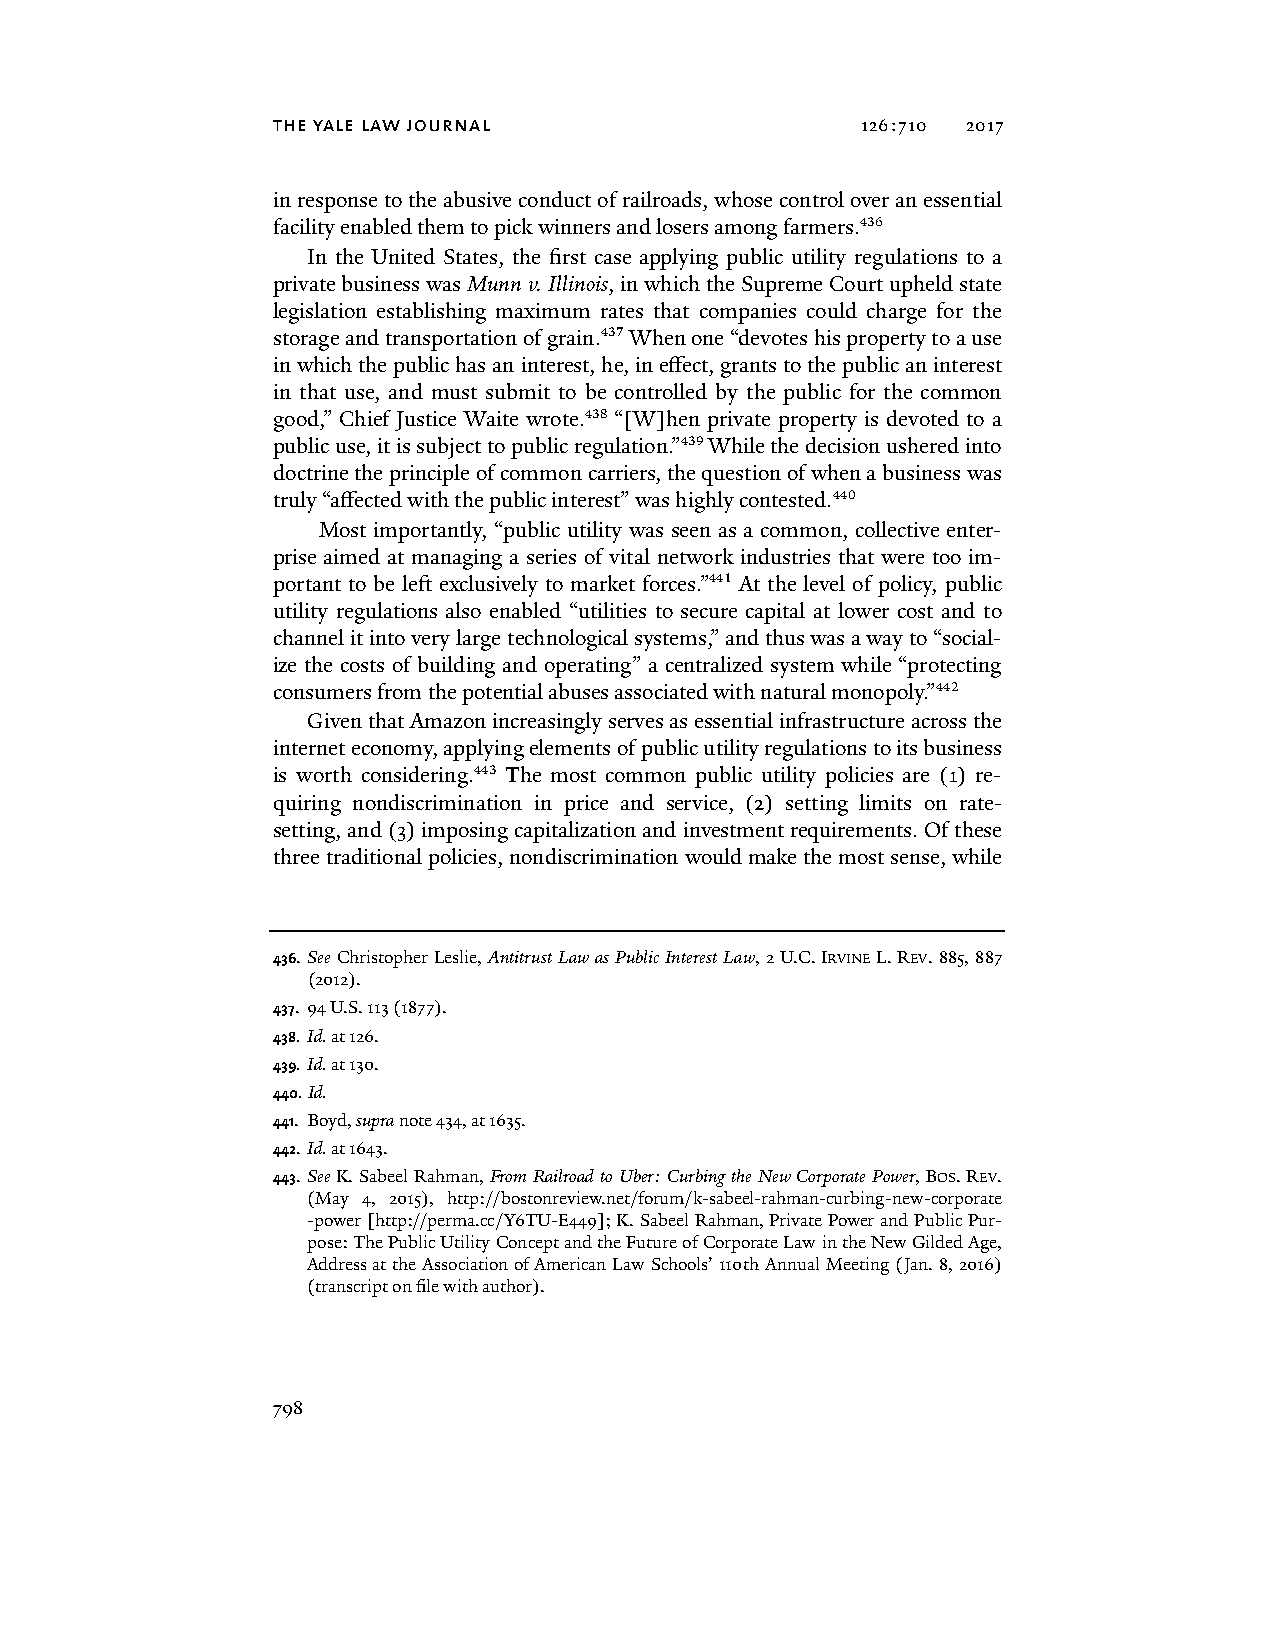
the yale law journal                   126:710 2017
 in response to the abusive conduct of railroads, whose control over an essential
 facility enabled them to pick winners and losers among farmers.436
 In the United States, the first case applying public utility regulations to a
 private business was Munn v. Illinois, in which the Supreme Court upheld state
 legislation establishing maximum rates that companies could charge for the
 storage and transportation of grain.437 When one “devotes his property to a use
 in which the public has an interest, he, in effect, grants to the public an interest
 in that use, and must submit to be controlled by the public for the common
 good,” Chief Justice Waite wrote.438 “[W]hen private property is devoted to a
 public use, it is subject to public regulation.”439 While the decision ushered into
 doctrine the principle of common carriers, the question of when a business was
 truly “affected with the public interest” was highly contested.440
 Most importantly, “public utility was seen as a common, collective enter-
 prise aimed at managing a series of vital network industries that were too im-
 portant to be left exclusively to market forces.”441 At the level of policy, public
 utility regulations also enabled “utilities to secure capital at lower cost and to
 channel it into very large technological systems,” and thus was a way to “social-
 ize the costs of building and operating” a centralized system while “protecting
 consumers from the potential abuses associated with natural monopoly.”442
 Given that Amazon increasingly serves as essential infrastructure across the
 internet economy, applying elements of public utility regulations to its business
 is worth considering.443 The most common public utility policies are (1) re-
 quiring nondiscrimination in price and service, (2) setting limits on rate-
 setting, and (3) imposing capitalization and investment requirements. Of these
 three traditional policies, nondiscrimination would make the most sense, while
 436. See Christopher Leslie, Antitrust Law as Public Interest Law, 2 U.C. IRVINE L. REV. 885, 887
 (2012).
 437. 94 U.S. 113 (1877).
 438. Id. at 126.
 439. Id. at 130.
 440. Id.
 441. Boyd, supra note 434, at 1635.
 442. Id. at 1643.
 443. See K. Sabeel Rahman, From Railroad to Uber: Curbing the New Corporate Power, BOS. REV.
 (May 4, 2015), http://bostonreview.net/forum/k-sabeel-rahman-curbing-new-corporate
 -power [http://perma.cc/Y6TU-E449]; K. Sabeel Rahman, Private Power and Public Pur-
 pose: The Public Utility Concept and the Future of Corporate Law in the New Gilded Age,
 Address at the Association of American Law Schools’ 110th Annual Meeting (Jan. 8, 2016)
 (transcript on file with author).
 798